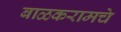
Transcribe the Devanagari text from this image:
बाळकरामचे